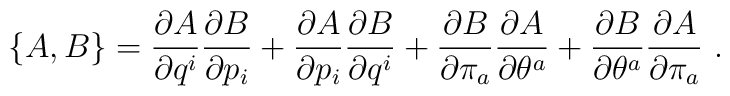
\left\{A,B\right\} = \frac{\partial A}{\partial q^{i}}\frac{\partial B}{\partial p_{i}} + \frac{\partial A}{\partial p_{i}}\frac{\partial B}{\partial q^{i}}+ \frac{\partial B}{\partial \pi_{a}}\frac{\partial A}{\partial\theta^{a}}+ \frac{\partial B}{\partial \theta^{a}}\frac{\partial A}{\partial\pi_{a}}\ .